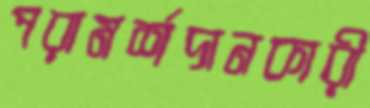
পরামর্শদানকারী